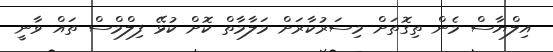
އިލްޔާސް މެން ތިގޮތަށް މިސަރުކާރަށް މަލާމާތް ކޮށް ކުޅޭ ފިލްމްސް ތައް ވާނީ